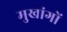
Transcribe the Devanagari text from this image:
मुखांगों